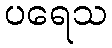
ပရေသ